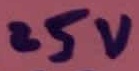
Text: 25V